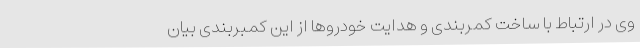
وی در ارتباط با ساخت کمربندی و هدایت خودروها از این کمبربندی بیان